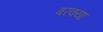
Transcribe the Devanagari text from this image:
बरक्या